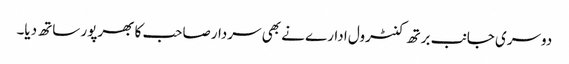
دوسری جانب برتھ کنٹرول ادارے نے بھی سردارصاحب کا بھرپور ساتھ دیا۔